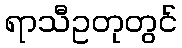
ရာသီဥတုတွင်